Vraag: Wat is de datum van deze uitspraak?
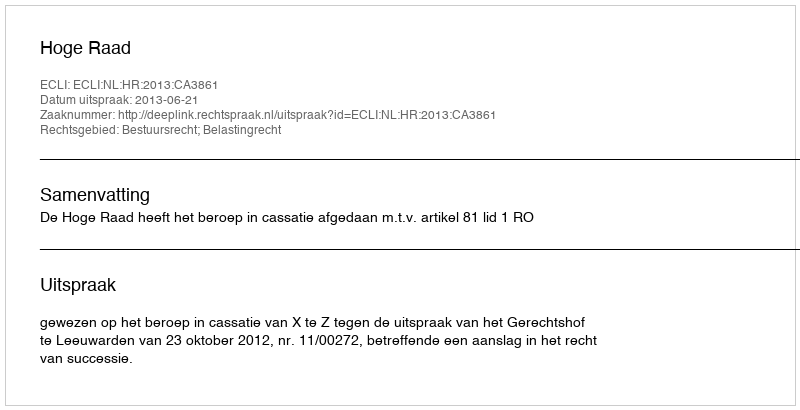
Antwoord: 2013-06-21